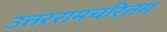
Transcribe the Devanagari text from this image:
उत्तररामचरितम